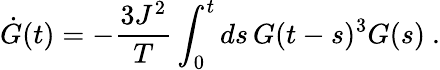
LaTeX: \dot{G}(t)=-\frac{3J^{2}}{T}\int_{0}^{t}ds\, G(t-s)^{3}G(s)~.